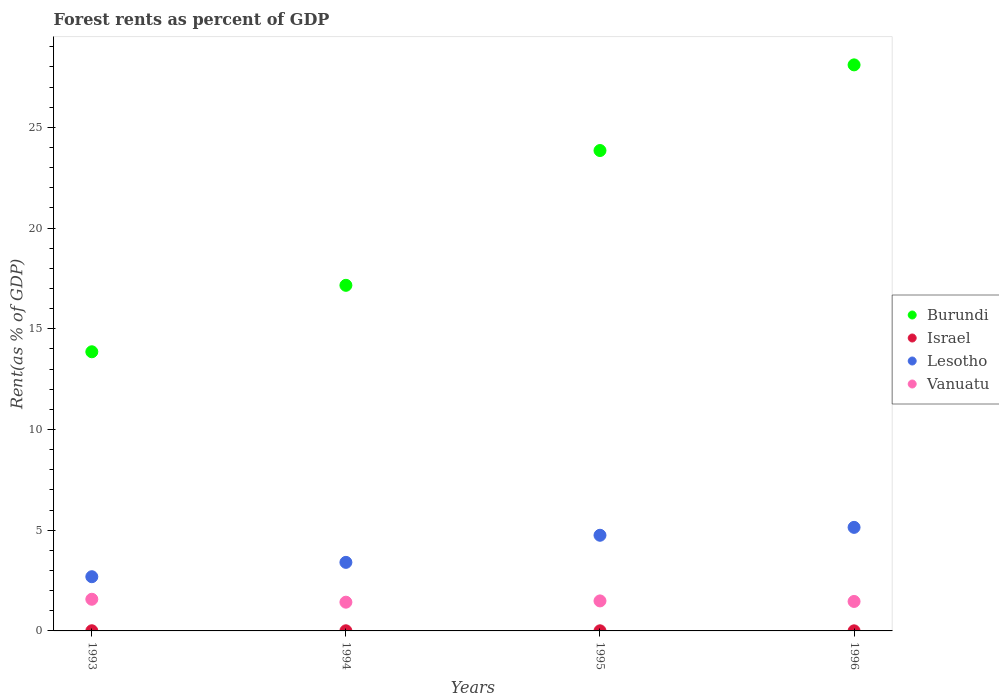
| Years | Burundi | Israel | Lesotho | Vanuatu |
 | --- | --- | --- | --- | --- |
 | 1993 | 13.9 | 0.00825 | 2.69 | 1.57 |
 | 1994 | 17.2 | 0.00682 | 3.4 | 1.43 |
 | 1995 | 23.8 | 0.00561 | 4.75 | 1.49 |
 | 1996 | 28.1 | 0.00457 | 5.14 | 1.46 |